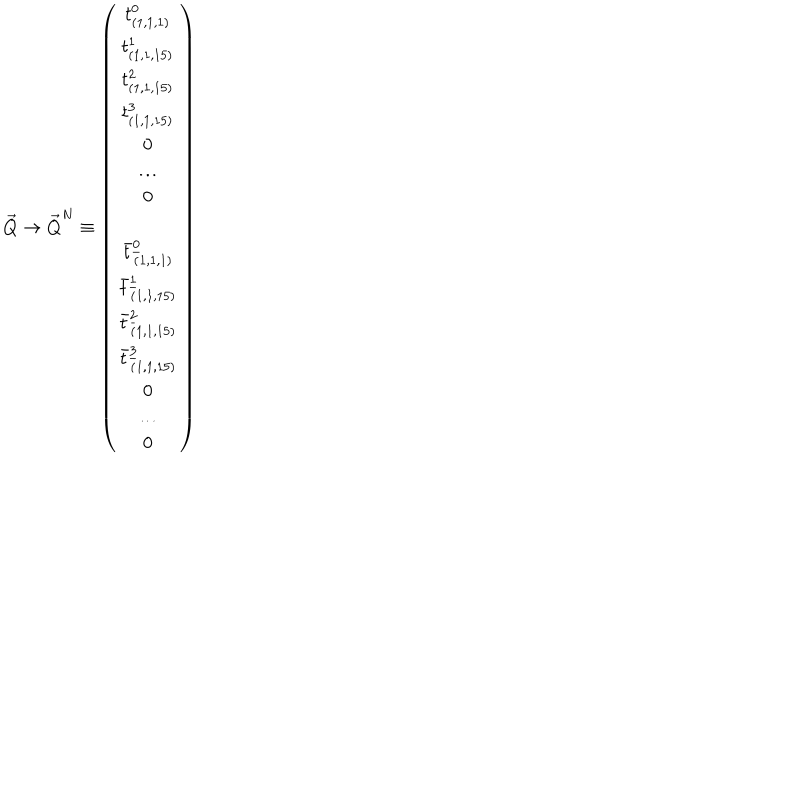
{ \vec { Q } } \rightarrow { \vec { Q } } ^ { N } \equiv \left( \begin{matrix} { { t _ { ( 1 , 1 , 1 ) } ^ { 0 } } } \\ { { t _ { ( 1 , 1 , 1 5 ) } ^ { 1 } } } \\ { { t _ { ( 1 , 1 , 1 5 ) } ^ { 2 } } } \\ { { t _ { ( 1 , 1 , 1 5 ) } ^ { 3 } } } \\ { { 0 } } \\ { { \dots } } \\ { { 0 } } \\ { { { \bar { t } } _ { { \bar { ( } 1 , 1 , 1 ) } } ^ { 0 } } } \\ { { { \bar { t } } _ { { \bar { ( } 1 , 1 , 1 5 ) } } ^ { 1 } } } \\ { { { \bar { t } } _ { { \bar { ( } 1 , 1 , 1 5 ) } } ^ { 2 } } } \\ { { { \bar { t } } _ { { \bar { ( } 1 , 1 , 1 5 ) } } ^ { 3 } } } \\ { { 0 } } \\ { { \dots } } \\ { { 0 } } \\ \end{matrix} \right)